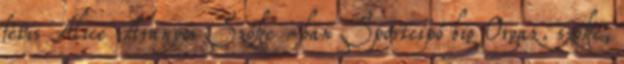
fétis Alice Aranyos Szőke -ban Sportcipő big Orgaz. szőke,